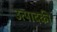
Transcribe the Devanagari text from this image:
उत्पादकी